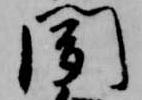
聞